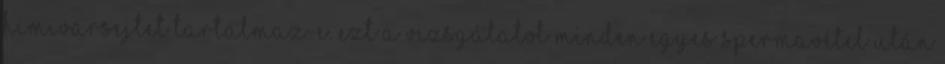
hímivarsejtet tartalmaz-e. Ezt a vizsgálatot minden egyes spermavétel után